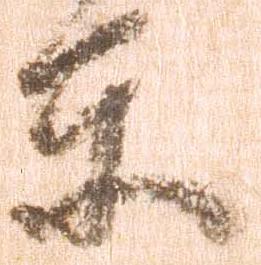
東